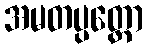
အမတပ္ပတ္တော